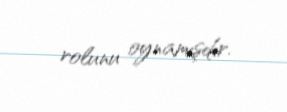
rolunu oynamışdır.